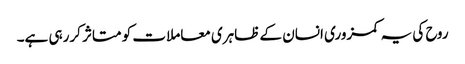
روح کی یہ کمزوری انسان کے ظاہری معاملات کو متاثر کررہی ہے۔